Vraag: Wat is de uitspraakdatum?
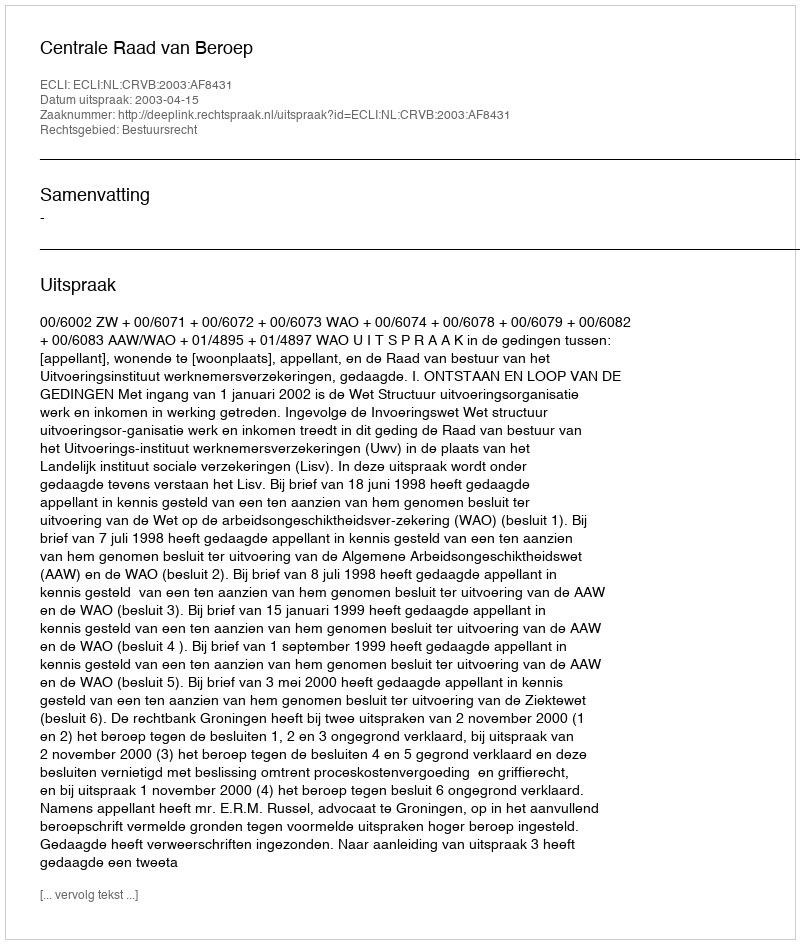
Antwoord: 2003-04-15